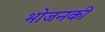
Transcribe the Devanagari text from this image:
भोजनकी